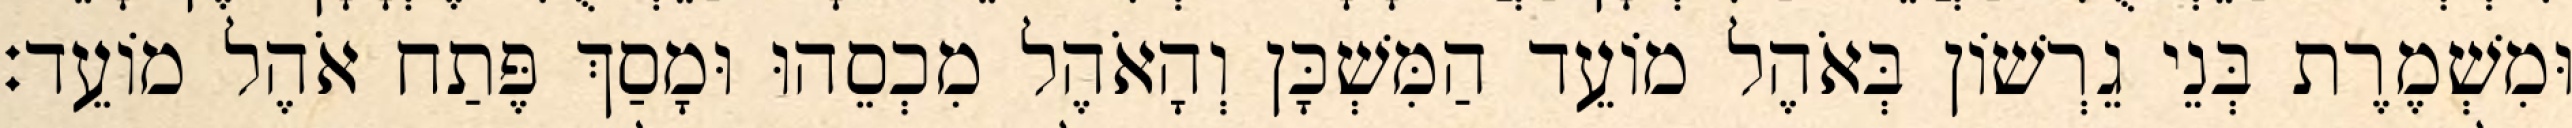
וּמִשְׁמֶרֶת בְּנֵי גֵרְשׁוֹן בְּאֹהֶל מוֹעֵד הַמִּשְׁכָּן וְהָאֹהֶל מִכְסֵהוּ וּמָסַךְ פֶּתַח אֹהֶל מוֹעֵד׃